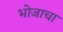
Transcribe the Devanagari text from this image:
भोजाचा